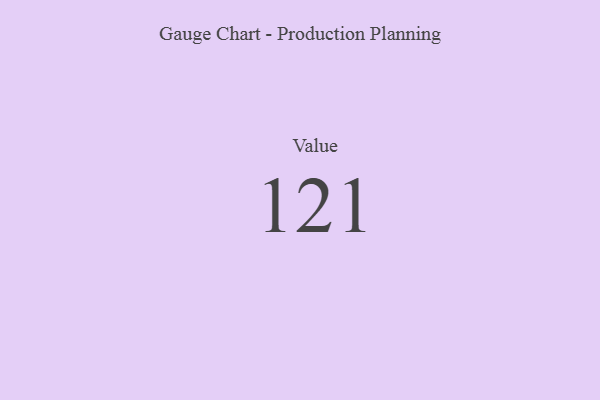
{"axis": {"x": "Metric", "y": "Value"}, "legend": [""], "data": [{"x": "Value", "y": 121, "type": ""}]}